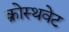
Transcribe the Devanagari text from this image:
क्रोस्थवेट